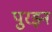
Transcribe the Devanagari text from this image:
पुरइन